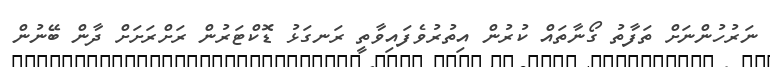
ނަރުހުންނަށް ތަފާތު ގޯނާތައް ކުރުން އިތުރުވެފައިވާތީ ރަނގަޅު ޑޮކްޓަރުން ރަށްރަށަށް ދާން ބޭނުން